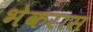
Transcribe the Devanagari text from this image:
भेकरास